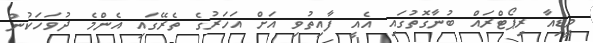
މީޑިއާ ރިޕޯޓްރައް ބުނާގޮތުގައި އެއީ ފާއިތުވި އަށް އަހަރުގެ ތެރޭގައި އެންމެ ދުވަހަކުން